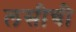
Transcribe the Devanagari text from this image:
लसीची